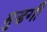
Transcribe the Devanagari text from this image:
मुडगी